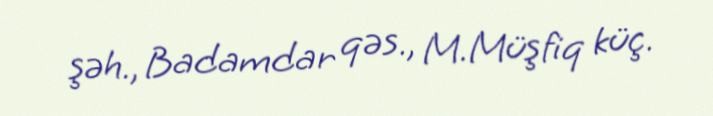
şəh., Badamdar qəs., M.Müşfiq küç.